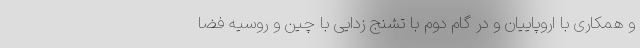
و همکاری با اروپاییان و در گام دوم با تشنج زدایی با چین و روسیه فضا